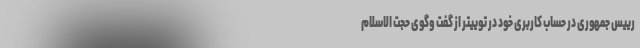
رییس‌ جمهوری در حساب کاربری خود در توییتر از گفت وگوی حجت الاسلام